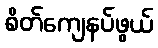
စိတ်ကျေနပ်ဖွယ်